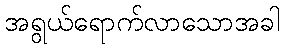
အရွယ်ရောက်လာသောအခါ